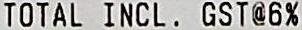
TOTAL INCL. GST@6%